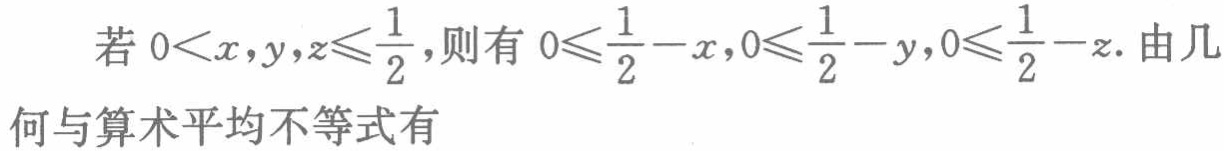
若 \(0<x,y,z\leqslant\frac{1}{2}\)，则有 \(0\leqslant\frac{1}{2}-x,0\leqslant\frac{1}{2}-y,0\leqslant\frac{1}{2}-z\). 由几何与算术平均不等式有